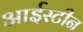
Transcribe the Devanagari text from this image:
आईस्टीन